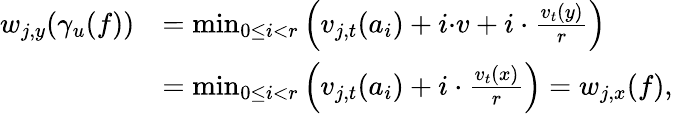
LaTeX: \begin{array}{rl}{w_{j,y}(\gamma_{u}(f))}&{=\operatorname*{min}_{0\leq i<r}\left(v_{j,t}(a_{i})+i{\cdot}v+i\cdot\frac{v_{t}(y)}r\right)}\\ &{=\operatorname*{min}_{0\leq i<r}\left(v_{j,t}(a_{i})+i\cdot\frac{v_{t}(x)}r\right)=w_{j,x}(f),}\end{array}